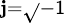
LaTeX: \scriptstyle{\mathbf{j}={\sqrt{}{{-1}}}}